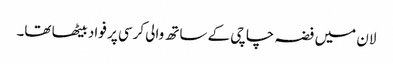
لان میں فضہ چاچی کے ساتھ والی کرسی پر فواد بیٹھا تھا۔